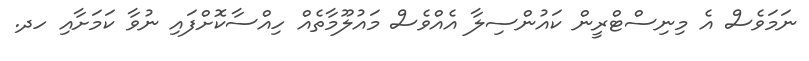
ނަމަވެސް އެ މިނިސްޓްރީން ކައުންސިލާ އެއްވެސް މައުލޫމާތެއް ހިއްސާކޮށްފައި ނުވާ ކަމަށާއި ހދ.